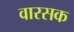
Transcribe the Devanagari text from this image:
वारसक